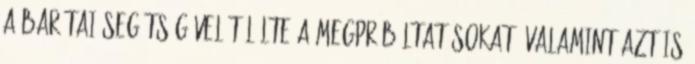
a barátai segítségével túlélte a megpróbáltatásokat, valamint azt is